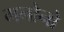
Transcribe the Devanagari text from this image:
मनोनो